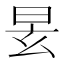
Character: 𣆂